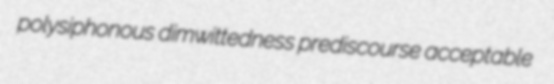
polysiphonous dimwittedness prediscourse acceptable